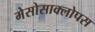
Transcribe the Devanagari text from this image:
मेसोसाक्लोपस